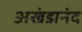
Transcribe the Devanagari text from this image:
अखंडानंद